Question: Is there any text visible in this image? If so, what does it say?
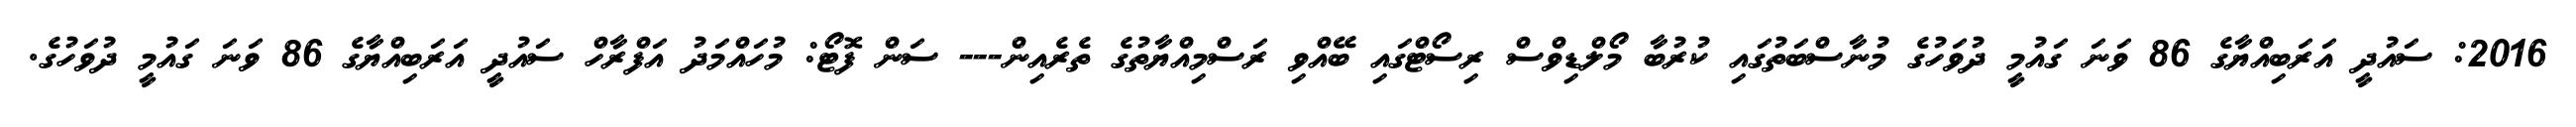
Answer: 2016: ސައުދީ އަރަބިއްޔާގެ 86 ވަނަ ގައުމީ ދުވަހުގެ މުނާސްބަތުގައި ކުރުބާ މޯލްޑިވްސް ރިސޯޓްގައި ބޭއްވި ރަސްމިއްޔާތުގެ ތެރެއިން--- ސަން ފޮޓޯ: މުހައްމަދު އަފްރާހް ސައުދީ އަރަބިއްޔާގެ 86 ވަނަ ގައުމީ ދުވަހުގެ.